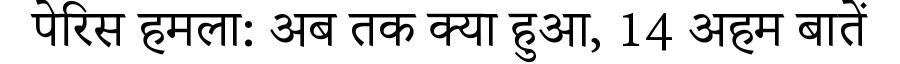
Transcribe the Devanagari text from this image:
पेरिस हमला: अब तक क्या हुआ, 14 अहम बातें